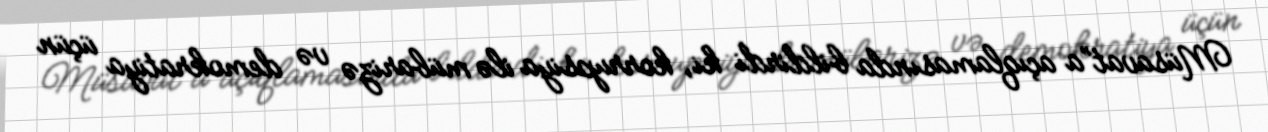
Müsavat”a açıqlamasında bildirdi ki, korrupsiya ilə mübarizə və demokratiya üçün